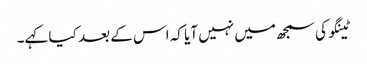
ٹینگو کی سمجھ میں نہیں آیا کہ اس کے بعد کیا کہے۔